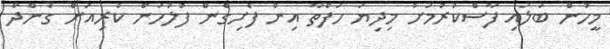
މީހުން ބަލައި ފާސްކުރުމަށް މިދިޔަ ހަފްތާ އިން ފެށިގެން ފުލުހުން ކުރިއަށް ގެންދާ